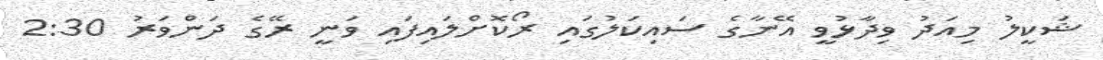
ޝަކީލު މިއަދު ވިދާޅުވީ އޭނާގެ ސައިކަލުގައި ރޯކޮށްލައިފައި ވަނީ ރޭގެ ދަންވަރު 2:30